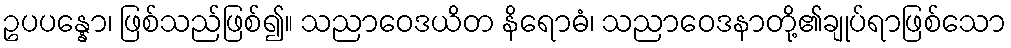
ဥပပန္နော၊ ဖြစ်သည်ဖြစ်၍။ သညာဝေဒယိတ နိရောဓံ၊ သညာဝေဒနာတို့၏ချုပ်ရာဖြစ်သော